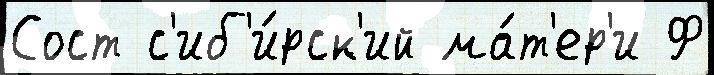
Сост с'иб'и́рск'ий ма́т'ер'и Ф